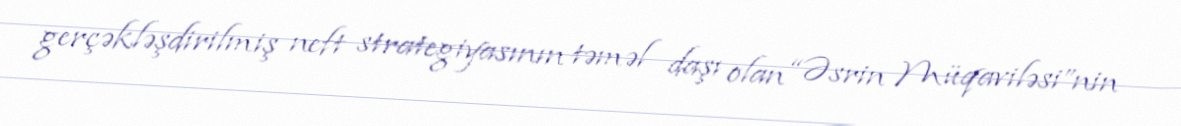
gerçəkləşdirilmiş neft strategiyasının təməl daşı olan “Əsrin Müqaviləsi”nin